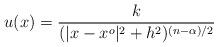
LaTeX: \begin{align*}u(x)=\frac{k}{(|x-x^o|^2+h^2)^{(n-\alpha)/2}}\end{align*}